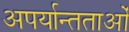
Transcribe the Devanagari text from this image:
अपर्यान्तताओं